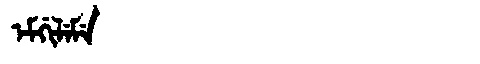
Manchu: ᡝᠮᡤᡳᠯᡝᠮᡝ
Romanization: EMGILEME